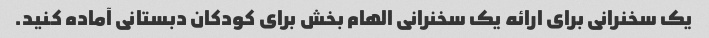
یک سخنرانی برای ارائه یک سخنرانی الهام بخش برای کودکان دبستانی آماده کنید.